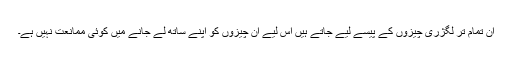
ان تمام تر لگژری چیزوں کے پیسے لیے جاتے ہیں اس لیے ان چیزوں کو اپنے ساتھ لے جانے میں کوئی ممانعت نہیں ہے۔